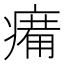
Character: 𤸶